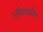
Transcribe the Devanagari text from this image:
अक्रियशील